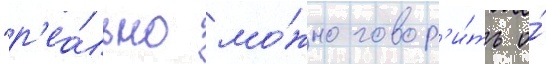
"р'еа́льно мо́жно говор'и́ть о́